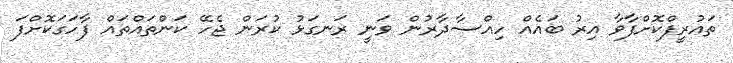
ތައުރީފްކޮށްފާވާ އިރު ބައެއް ހިއްސާދާރުން ވަނީ ރަނގަޅު ކުރަން ޖެހޭ ކަންތައްތައް ފާހަގަކޮށްފަ